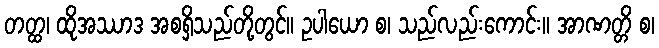
တတ္ထ၊ ထိုအဿာဒ အစရှိသည်တို့တွင်။ ဥပါယော စ၊ သည်လည်းကောင်း။ အာဏတ္တိ စ၊